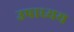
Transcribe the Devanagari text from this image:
उपाध्यय